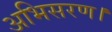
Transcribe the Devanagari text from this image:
अभिसरण।